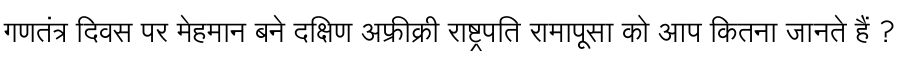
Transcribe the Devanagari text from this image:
गणतंत्र दिवस पर मेहमान बने दक्षिण अफ्रीक्री राष्ट्रपति रामापूसा को आप कितना जानते हैं ?